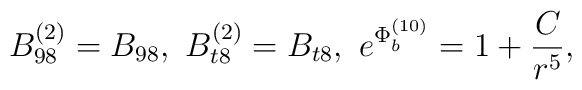
B^{(2)}_{9 8} = B_{9 8},~B^{(2)}_{t 8} = B_{t 8}, ~e^{{\Phi}_b^{(10)}} = {{ 1 + {C\over r^5}}},